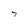
Character: 7